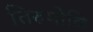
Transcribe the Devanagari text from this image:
तिरुमोळि